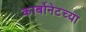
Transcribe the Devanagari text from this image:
कार्बोनेटच्या